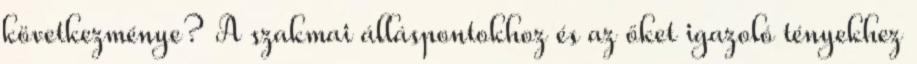
következménye? A szakmai álláspontokhoz és az őket igazoló tényekhez